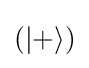
\left(\left|+\right\rangle \right)